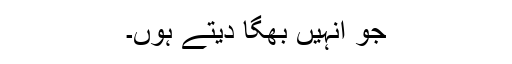
جو انہیں بھگا دیتے ہوں۔